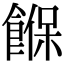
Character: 䭋